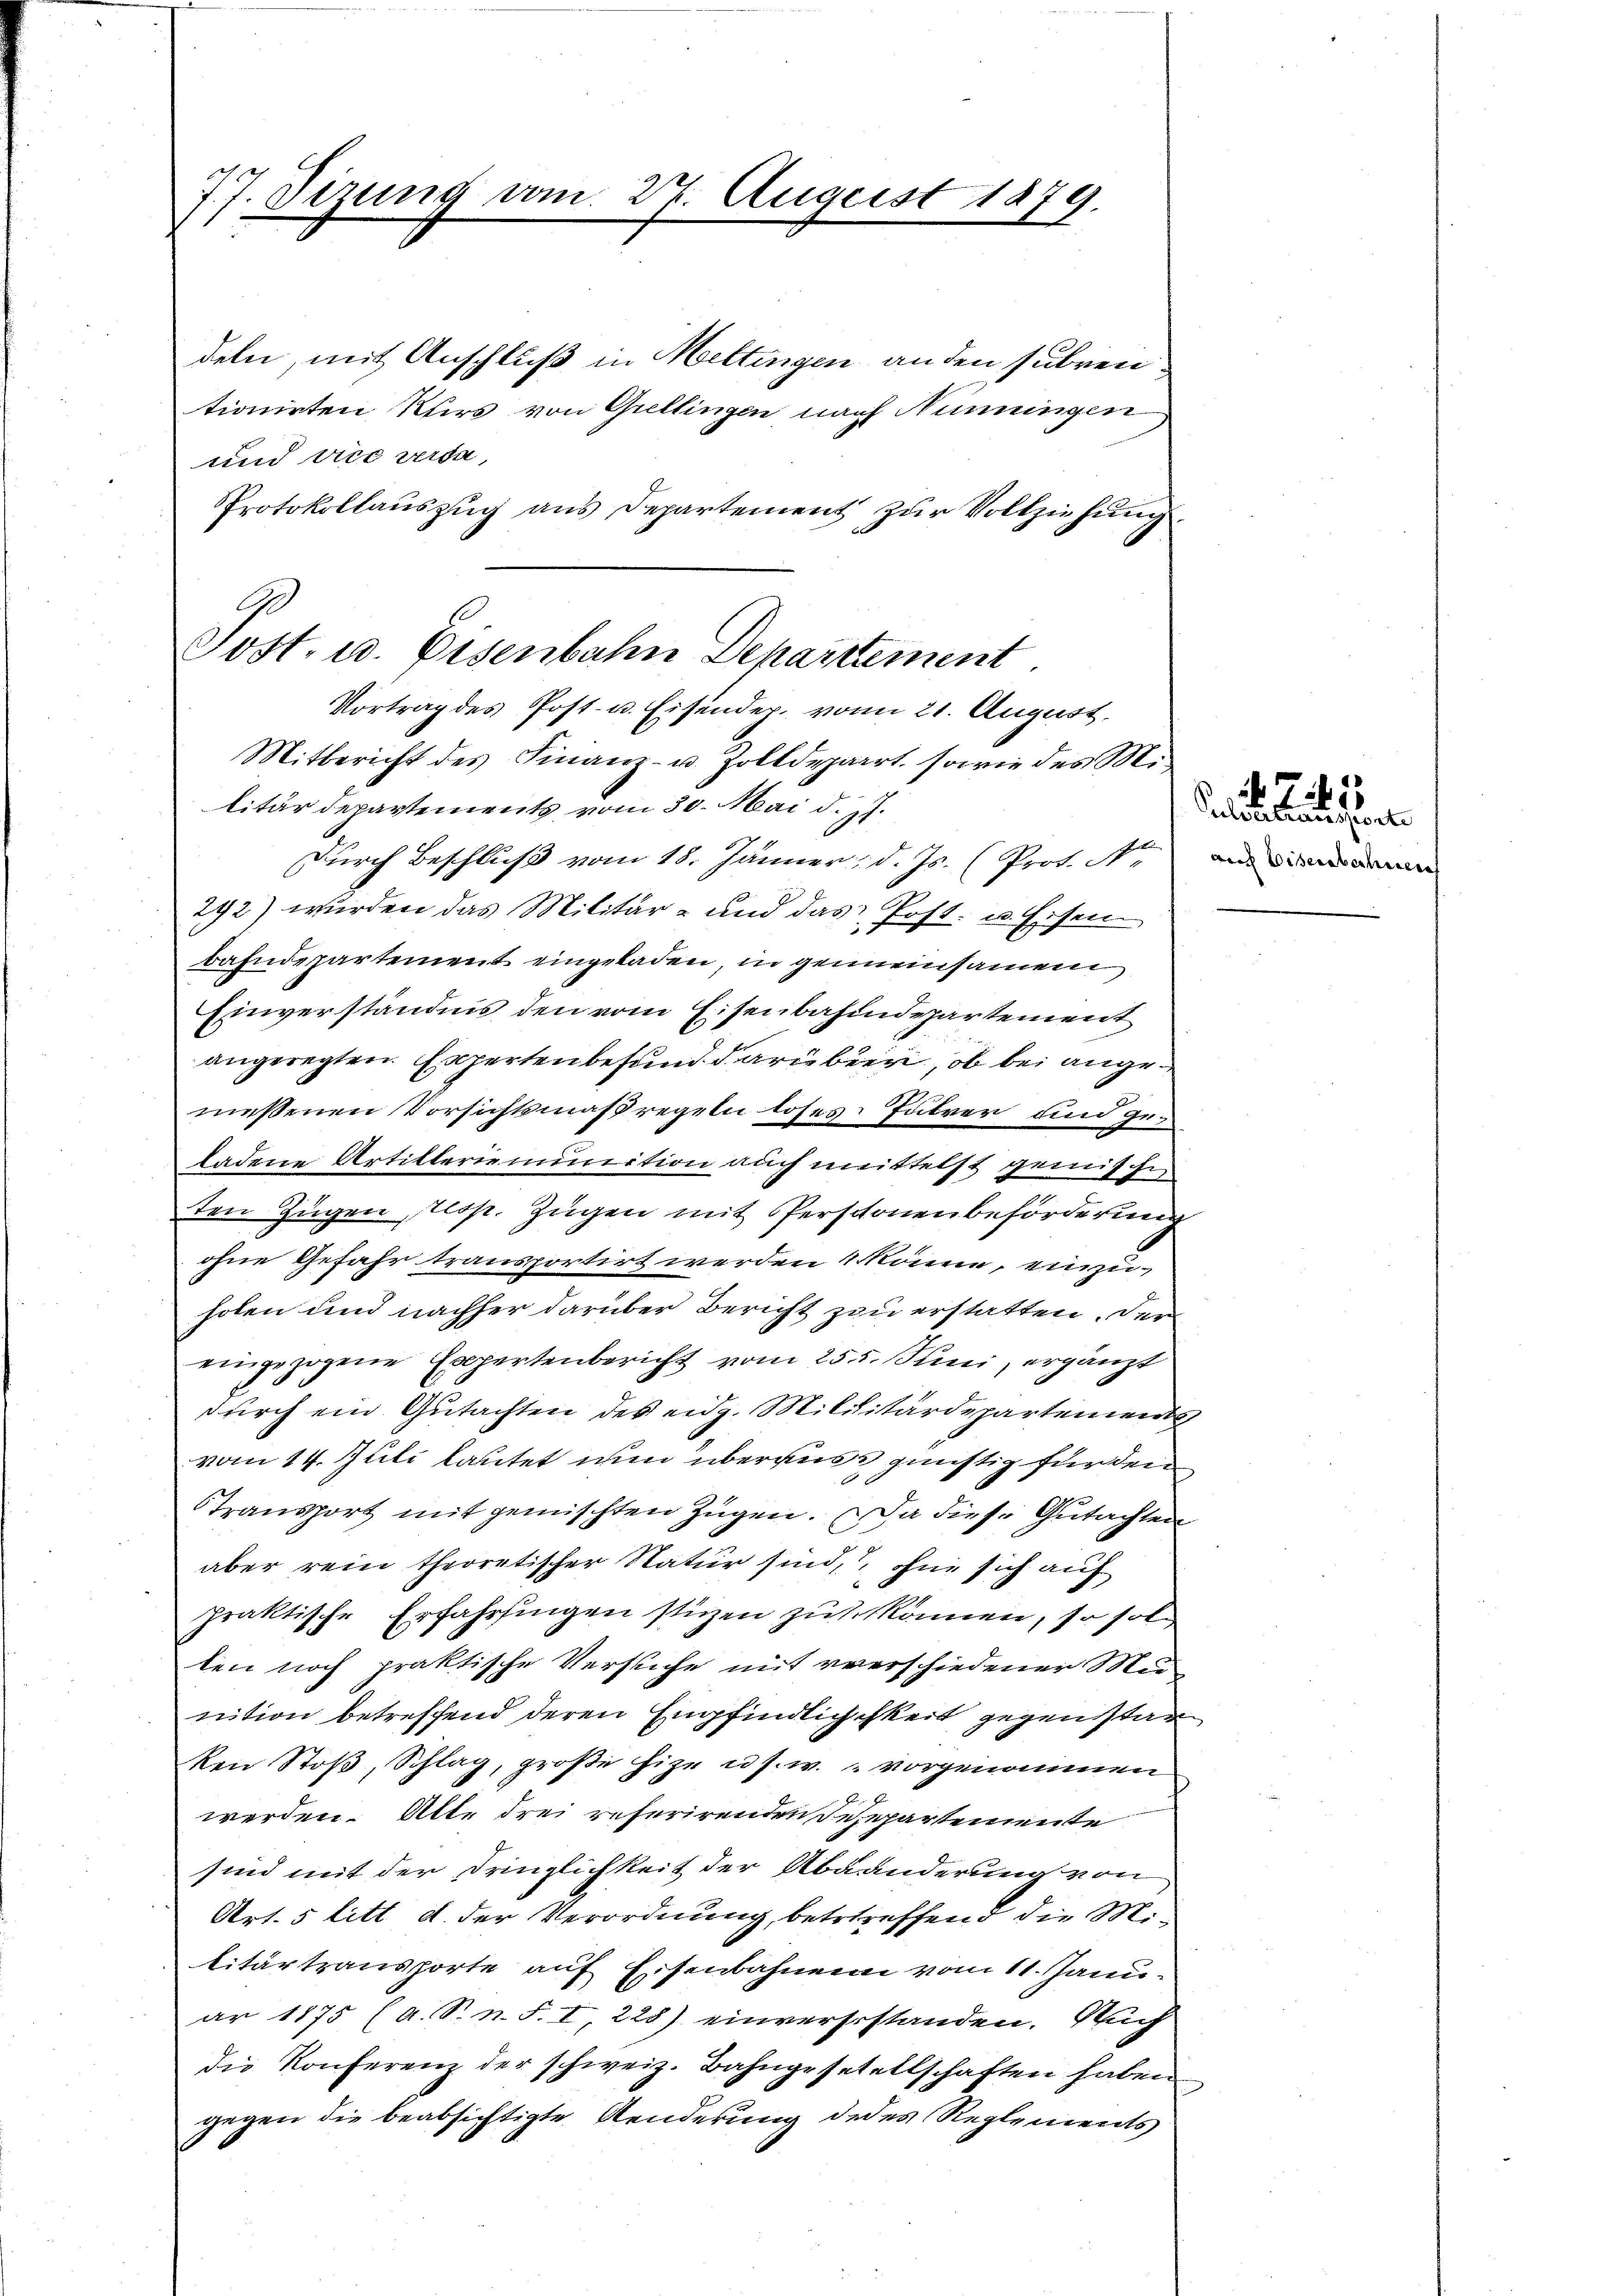
77. Sizung vom 27. August 1879.

deln, mit Anschluß in Mettingen an den subren.
tionirten Kurs von Grellingen nach Nenningen
und vier werde,
Protokollauszug aus Departement zur Vollziehung.
Post. u. Eisenbahn Departement

Vortrag des Post- u. Eisendep. vom 21. August.
Mitbericht des Finanz- u. Zolldepart. sowie des Mi¬

litärdepartements vom 30. Mai d. Js.
Durch Beschluß vom 18. Jänner, d. Js. (Prot. Nid
292) wurden das Militär- und das Post- u. Eisen
bahndepartement eingeladen, in gemeinsamen
Einverständnis den vom Eisenbahndepartement
angeregten Experten befund darübern, ob bei angemessenen Vorsichtsmaßregeln loses Jutrer und geladene Artilleriennition auch mittelst gemische
ten Zügen resp. Zugen mit Perschönenbeförderung
ohne Gefahr transportirt werden könne, einzuholen und nachher darüber Bericht zu erstatten. Der
eingezogene Expertenbericht vom 25. Juni, ergänzt
durch ein Gutachten des eidg. Mililitärdepartements
vom 14. Juli lautet nun überauss günstig fürden
Stransport mit gemischten Zügen. Da diese Gutachten
aber rein theoretischer Natur sind, ohne sich auf
praktische Erfahrsingen stürzen zuschkönnen, so sol
ten noch praktische Versuche mit verschiedener Mu
nition betreffend deren Empfindlichkeit gegenstan
ken Stoβ, Schlag, große hie u. s. w. vorgenommen
werden. Alle drei referirenden Rezepartemente
sind mit der Dringlichkeit der Abänderung von
Art. 5 litt d. der Verordnung, betrtreffend die Militärtransporte auf Eisenbahnern vom 11. Januar 1875 (A. S. n. F. I, 228) einverstestanden. Auch
die Konferenz der schweiz. Bahngesetellschaften haben
gegen die beabsichtigte Aenderung dedes Reglements

aluntanisierte

2